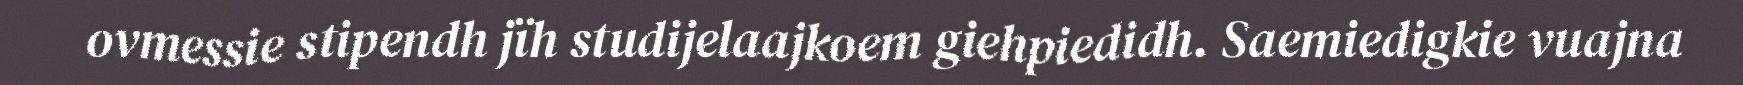
ovmessie stipendh jïh studijelaajkoem giehpiedidh. Saemiedigkie vuajna